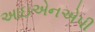
આઇએનએપી